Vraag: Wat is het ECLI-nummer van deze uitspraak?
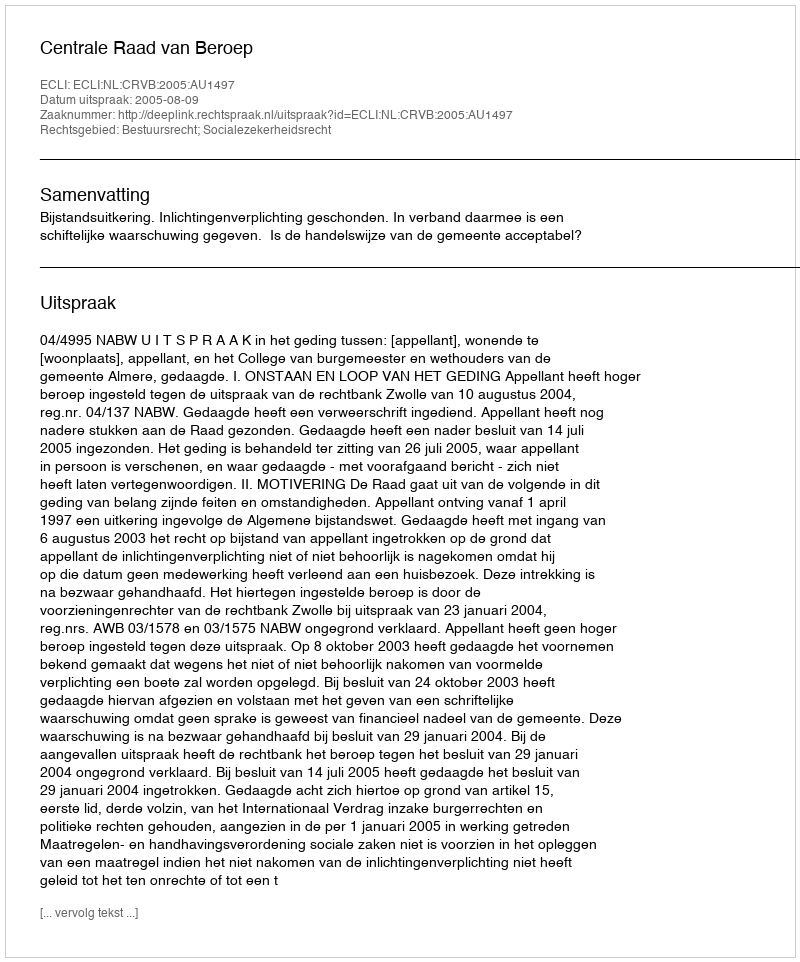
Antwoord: ECLI:NL:CRVB:2005:AU1497